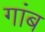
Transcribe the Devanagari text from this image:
गांब